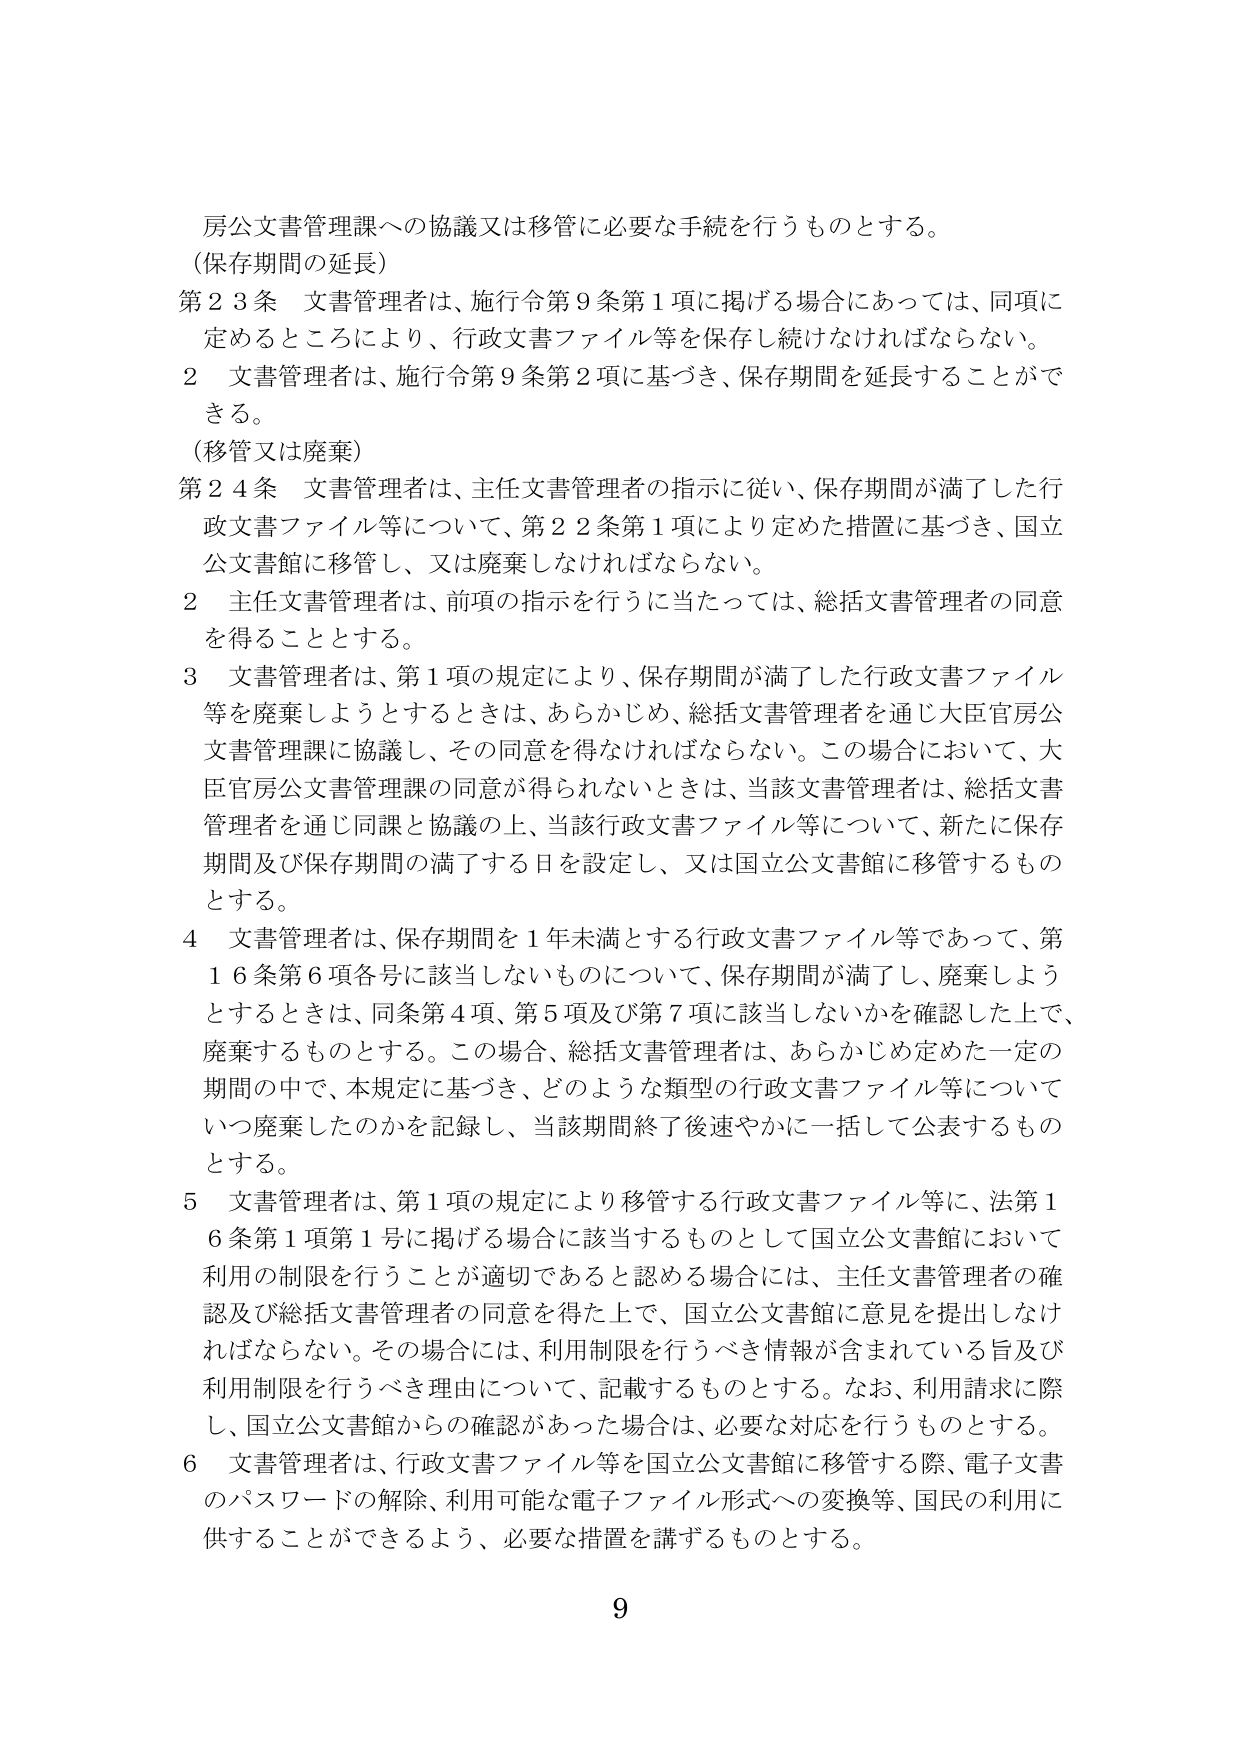
房公文書管理課への協議又は移管に必要な手続を行うものとする。
（保存期間の延長）
第23条 文書管理者は、施行令第9条第1項に掲げる場合にあっては、同項に定めるところにより、行政文書ファイル等を保存し続けなければならない。
2 文書管理者は、施行令第9条第2項に基づき、保存期間を延長することができる。
（移管又は廃棄）
第24条 文書管理者は、主任文書管理者の指示に従い、保存期間が満了した行政文書ファイル等について、第22条第1項により定めた措置に基づき、国立公文書館に移管し、又は廃棄しなければならない。
2 主任文書管理者は、前項の指示を行うに当たっては、総括文書管理者の同意を得ることとする。
3 文書管理者は、第1項の規定により、保存期間が満了した行政文書ファイル等を廃棄しようとするときは、あらかじめ、総括文書管理者を通じ大臣官房公文書管理課に協議し、その同意を得なければならない。この場合において、大臣官房公文書管理課の同意が得られないときは、当該文書管理者は、総括文書管理者を通じ同課と協議の上、当該行政文書ファイル等について、新たに保存期間及び保存期間の満了する日を設定し、又は国立公文書館に移管するものとする。
4 文書管理者は、保存期間を1年未満とする行政文書ファイル等であって、第16条第6項各号に該当しないものについて、保存期間が満了し、廃棄しようとするときは、同条第4項、第5項及び第7項に該当しないかを確認した上で、廃棄するものとする。この場合、総括文書管理者は、あらかじめ定めた一定の期間の中で、本規定に基づき、どのような類型の行政文書ファイル等についていつ廃棄したのかを記録し、当該期間終了後速やかに一括して公表するものとする。
5 文書管理者は、第1項の規定により移管する行政文書ファイル等に、法第16条第1項第1号に掲げる場合に該当するものとして国立公文書館において利用の制限を行うことが適切であると認める場合には、主任文書管理者の確認及び総括文書管理者の同意を得た上で、国立公文書館に意見を提出しなければならない。その場合には、利用制限を行うべき情報が含まれている旨及び利用制限を行うべき理由について、記載するものとする。なお、利用請求に際し、国立公文書館からの確認があった場合は、必要な対応を行うものとする。
6 文書管理者は、行政文書ファイル等を国立公文書館に移管する際、電子文書のパスワードの解除、利用可能な電子ファイル形式への変換等、国民の利用に供することができるよう、必要な措置を講ずるものとする。
9